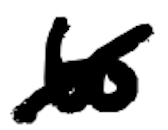
Text: to
Cross-out: mix
Writing tool: digital_black